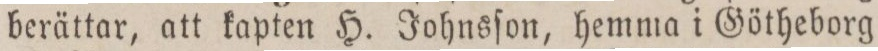
berättar, att kapten H. Johnsſon, hemma i Götheborg